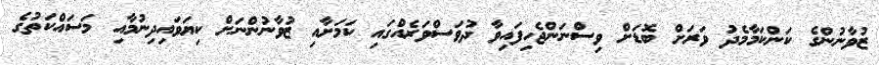
ޒުވާނުންގެ ކަންކަމާމެދު ވަރަށް ބޮޑަށް ވިސްނަންޖެހިފައިވާ ދުވަސްވަރެއްގައި ކަމަށާއި ޒުވާނުންނަށް ކިޔަވައިދިނުމާއި މަސައްކަތުގެ